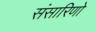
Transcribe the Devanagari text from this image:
संसारिणो